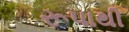
રૂપાથી